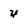
Character: y